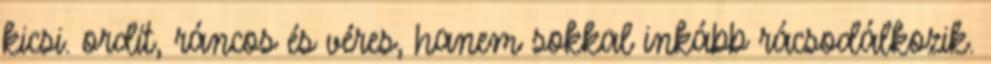
kicsi. ordít, ráncos és véres, hanem sokkal inkább rácsodálkozik.